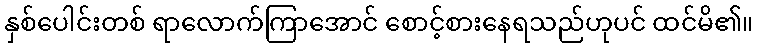
နှစ်ပေါင်းတစ် ရာလောက်ကြာအောင် စောင့်စားနေရသည်ဟုပင် ထင်မိ၏။